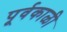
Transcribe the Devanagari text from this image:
पूर्वकाळी